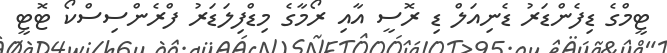
ޓީމްގެ ޑިފެންޑަރު ޑެނިއަލް ޑި ރޮސީ އާއި ރޯމާގެ މިޑްފިލަޑަރު ފްރެންސިސްކޯ ޓޮޓީ